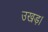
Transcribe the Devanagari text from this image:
उखड़।